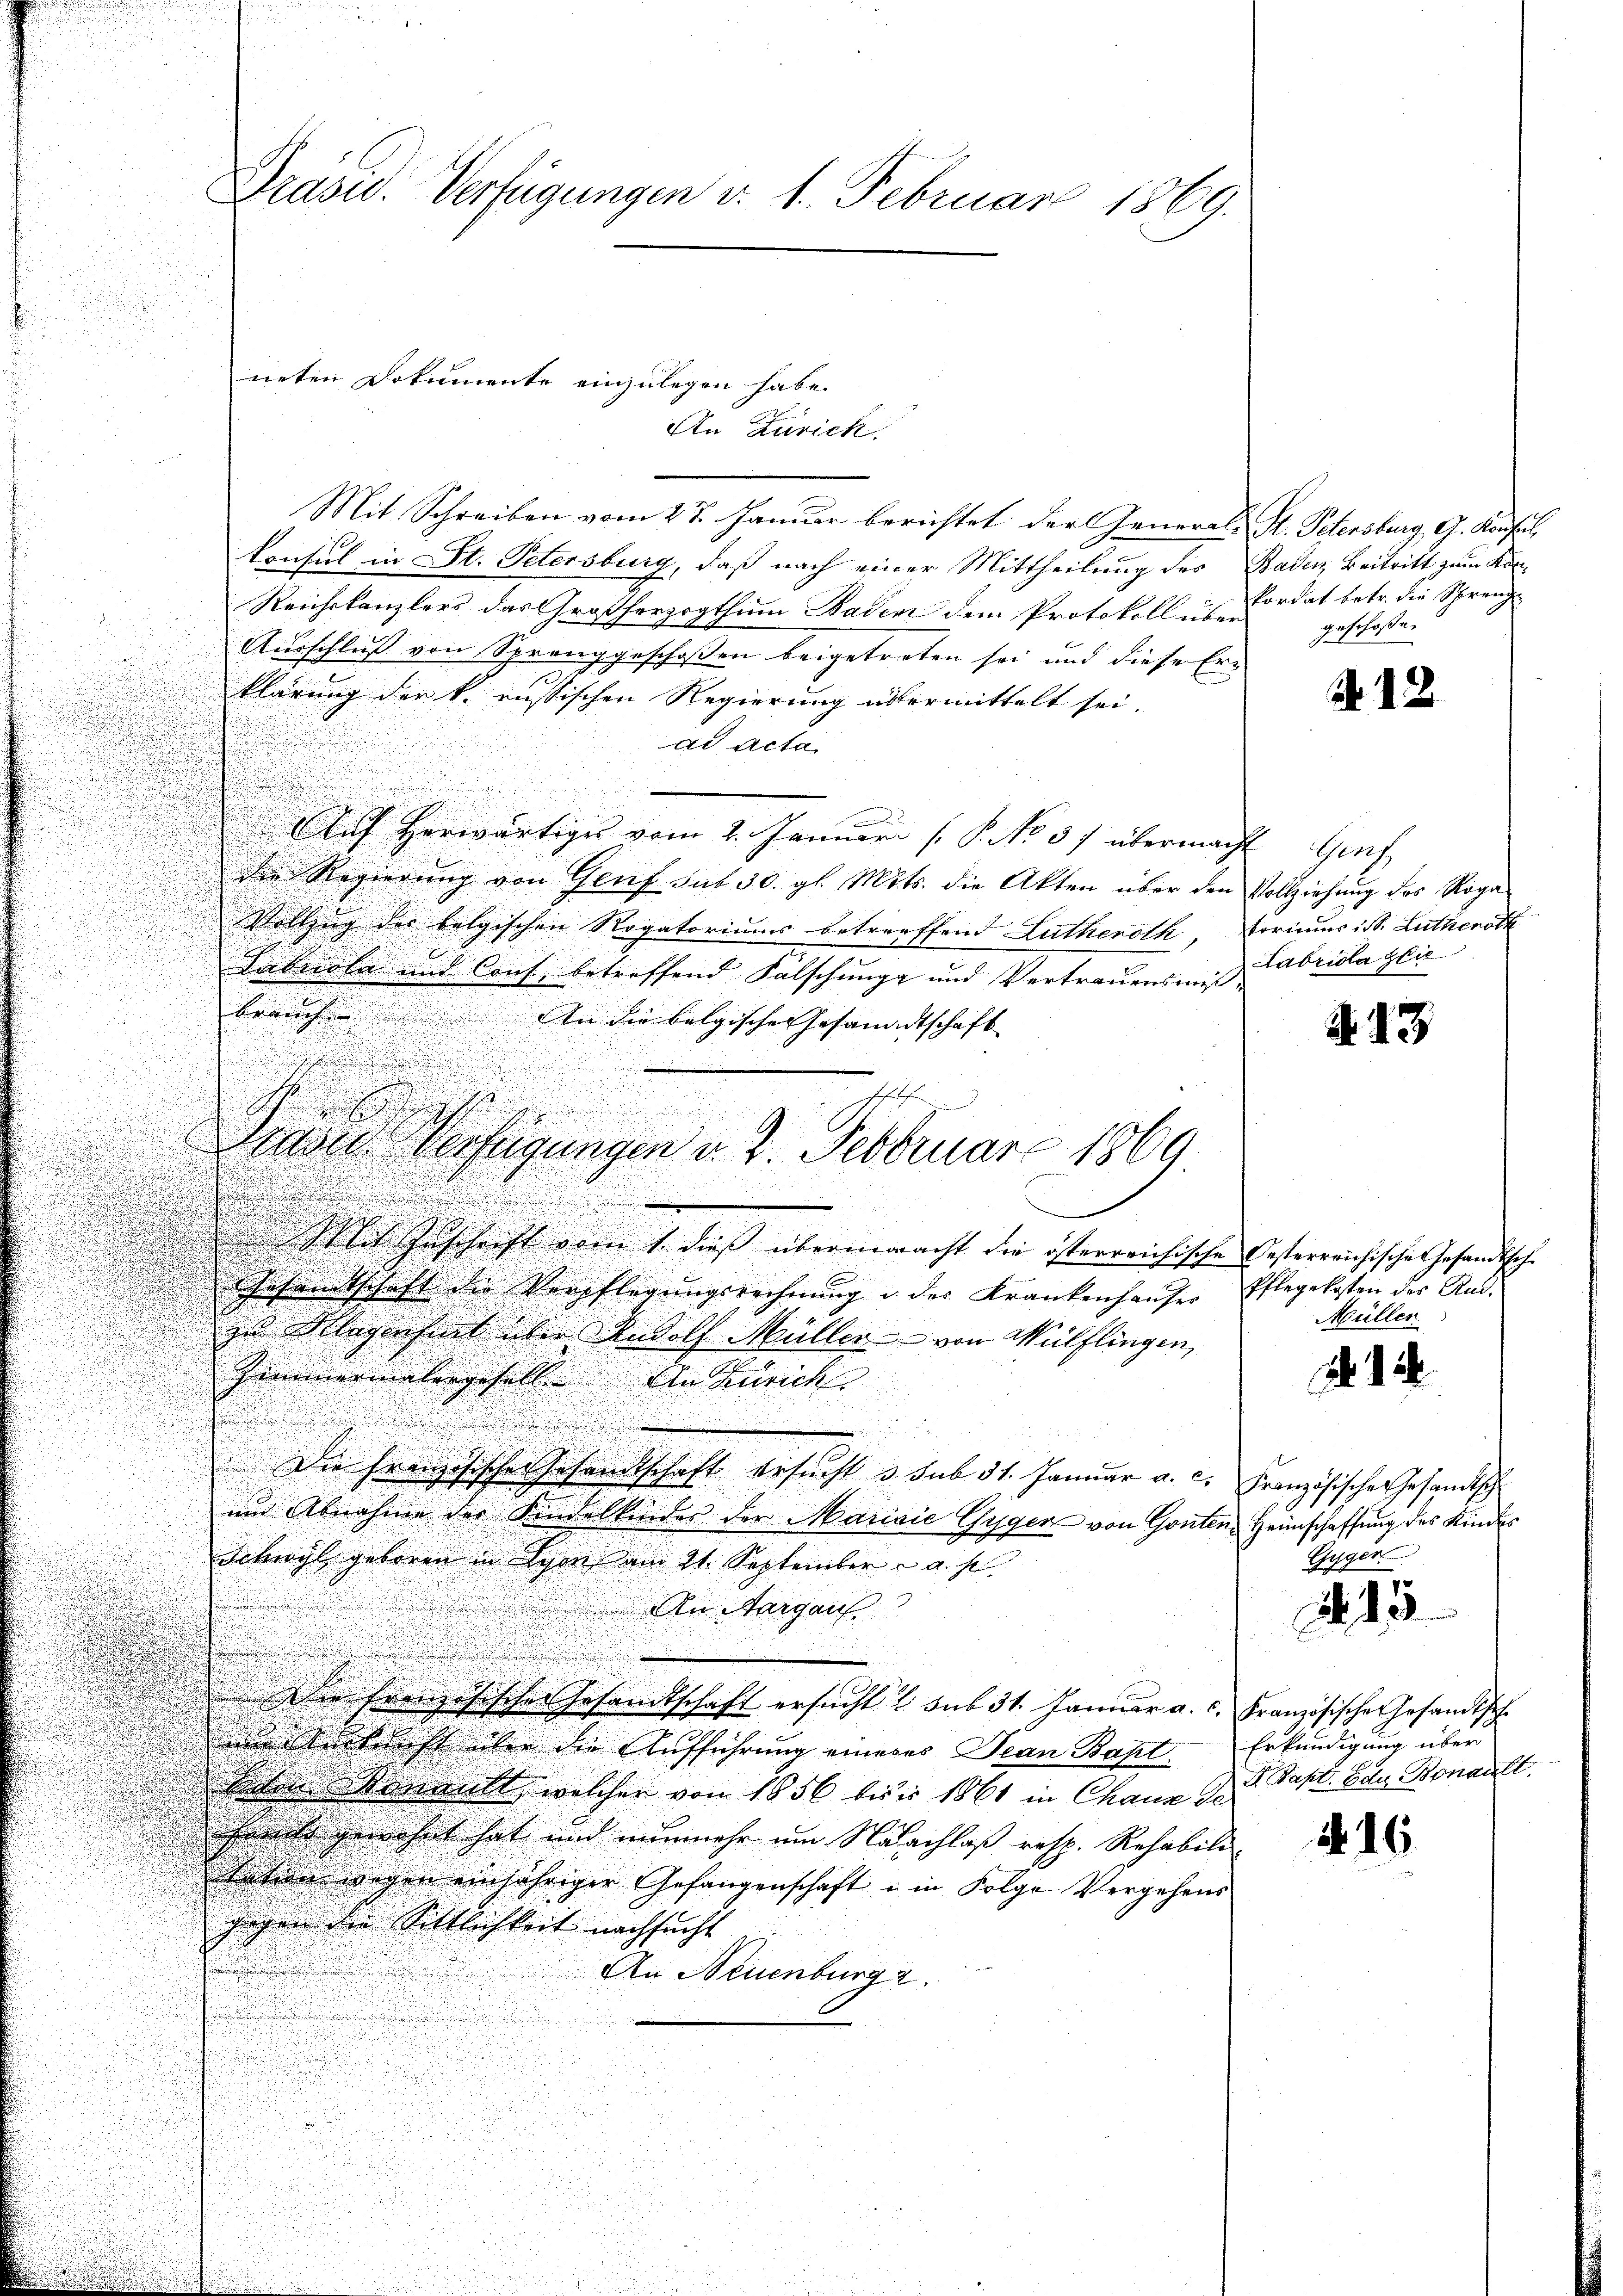
An Zürich.
Mit Schreiben vom 27. Januar berichtet der General-
Konsul in St. Petersburg, daß nach einer Mittheilung des
Reichskanzlers das Großherzogthum Baden dem Protokoll über
Ausschluß von Spranggeschoßen beigetreten sei und diese Er-
klärung der k. russischen Regierung übermittelt sei.
ad acta
Auch herwärtiges vom 2. Januar P. No 37 überman
Der Regierung von Genf sub 30. gl. Mts. die Akten über den
Vollzug des belgischen Rogatoriums betreffend Lutheroth,

Tabrola und Cons. betreffend Falschung und Vertrauensmis
n

u
brauch. An die belgischer Gesandtschaft |
.
i
s

e
eses zu
u
dlit Zuschrift vom 1. dieß übermmacht die österreichische Oesterreichische Gesandtsche
Gesandtschaft die Verpflegungsrechnŭng u. des Krankenhauser
zu Klagenchnet über Rudolf Müller von Wülflingen,
Zimmermalengeselle An Zurück.

u
u
Die französische Gesandtschaft ersucht 3. sub 31. Januar a. c.
und Abnahme der Kindelkinder der Mariaić Gyger von Gonten¬
Schwyl geboren in Lyon am 21. September u. a. s
An Margau
Die Französischer Gesandtschaft ersucht u sub 31. Januar a. c. französische Gesandtsch.
 sittlicht über die Aufführung eineres Jean Bapt.
seten Stanankt, welcher von 1856 bis in 1861 in Chaus de
haute gewährt hat und nunmehr um Nachlaß resp. Rehabili
daten wegen einjähriger Gefangenschaft u in Folge Vergehens
gegen der Sittlichkeit nachsucht
An Neuenburg 2

Drasid. Verfügungen d. 1. Februar 1869.

neten Dokumente einzulegen habe.

e

 Verfügungen v. 2. Februar 1869

Hr. Petersburg, G. Konsul
Baden, Beitritt zum Kankordat betr. die Sprenge
geschose.

12

V. Genf
Vollziehung des Roga
torius ist Lutheroth
Labriola seie

A. 23

Pflegekosten des And.
Müller

1

Französische Gesamtsch
Heimschaffung des Kindes
Gyger

A 15

Erkundigung über
 Bapt. den Bonault

16